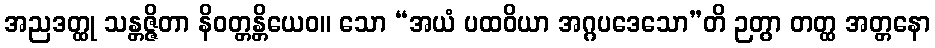
အညဒတ္ထု သန္တဇ္ဇိတာ နိဝတ္တန္တိယေဝ။ သော “အယံ ပထဝိယာ အဂ္ဂပဒေသော”တိ ဉတွာ တတ္ထ အတ္တနော